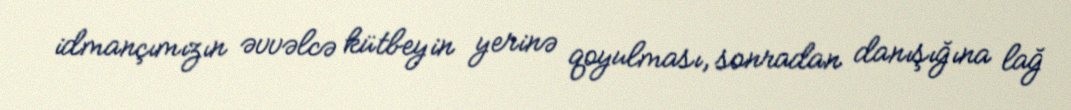
idmançımızın əvvəlcə kütbeyin yerinə qoyulması, sonradan danışığına lağ